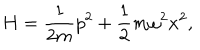
H = \frac { 1 } { 2 m } p ^ { 2 } + \frac { 1 } { 2 } m \omega ^ { 2 } x ^ { 2 } ,